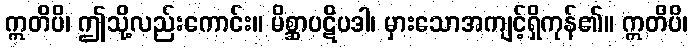
ဣတိပိ၊ ဤသို့လည်းကောင်း။ မိစ္ဆာပဋိပဒါ၊ မှားသောအကျင့်ရှိကုန်၏။ ဣတိပိ၊